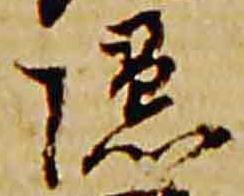
隠